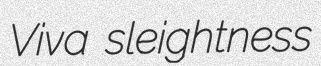
Viva sleightness